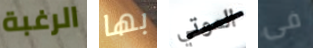
الرغبة بها الموتي فى